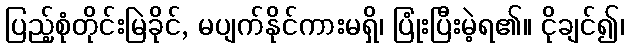
ပြည့်စုံတိုင်းမြဲခိုင်, မပျက်နိုင်ကားမရှိ၊ ပြုံးပြီးမဲ့ရ၏။ ငိုချင်၍၊